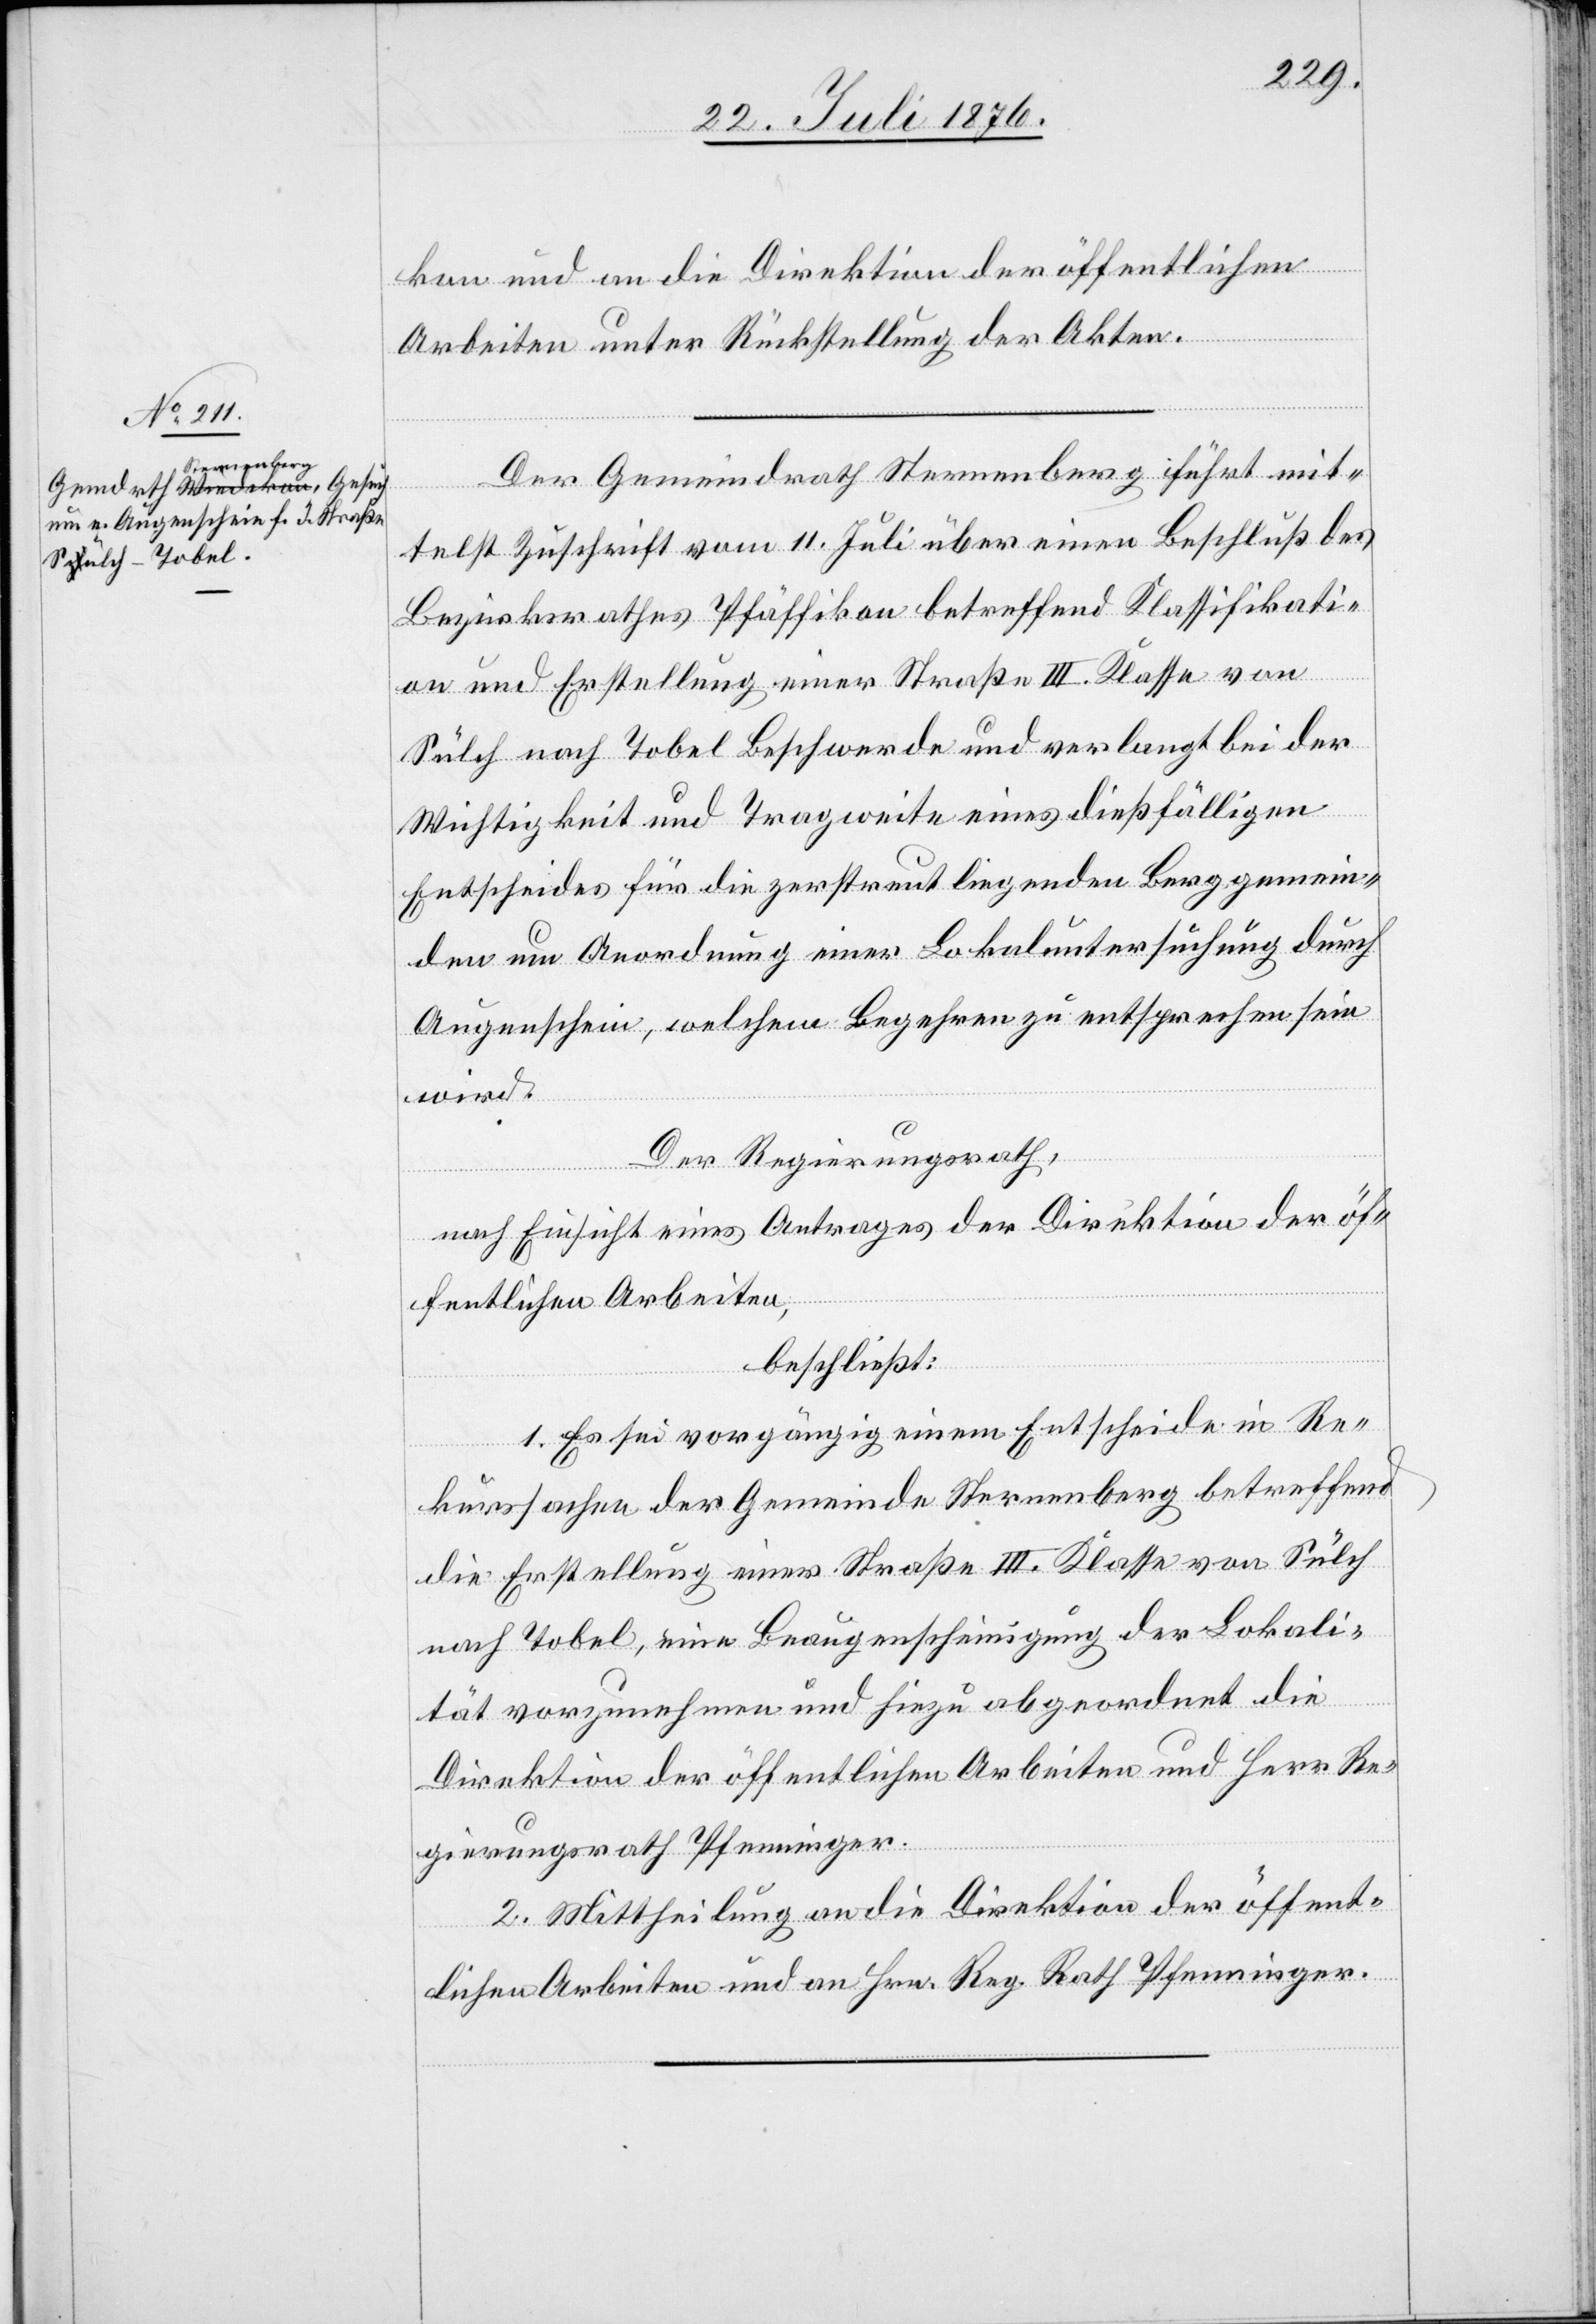
kon und an die Direktion der öffentlichen
Arbeiten unter Rückstellung der Akten.
Der Gemeindrath Sternenberg führt mit¬
telst Zuschrift vom 11. Juli über einen Beschluß des
Bezirksrathes Pfäffikon betreffend Klassifikati¬
on und Erstellung einer Straße III. Klasse von
Sülch nach Tobel Beschwerde und verlangt bei der
Wichtigkeit und Tragweite eines dießfälligen
Entscheides für die zerstreut liegenden Berggemein¬
den um Anordnung einer Lokaluntersuchung durch
Augenschein, welchem Begehren zu entsprechen sein
wird.
Der Regierungsrath,
nach Einsicht eines Antrages der Direktion der öf¬
fentlichen Arbeiten,
beschließt:
1. Es sei vorgängig einem Entscheide in Re¬
kurssachen der Gemeinde Sternenberg betreffend
die Erstellung einer Straße III. Klasse von Sülch
nach Tobel, eine Beaugenscheinigung der Lokali¬
tät vorzunehmen und hiezu abgeordnet die
Direktion der öffentlichen Arbeiten und Herr Re¬
gierungsrath Pfenninger.
2. Mittheilung an die Direktion der öffent¬
lichen Arbeiten und an Hrn. Reg. Rath Pfenninger.